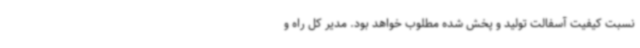
نسبت کیفیت آسفالت تولید و پخش شده مطلوب خواهد بود. مدیر کل راه و